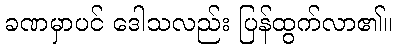
ခဏမှာပင် ဒေါသလည်း ပြန်ထွက်လာ၏။